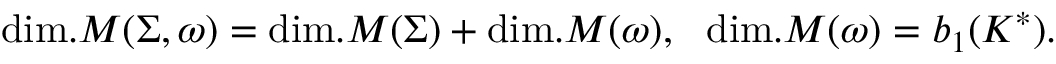
\mathrm { d i m . } { \cal M } ( \Sigma , \omega ) = \mathrm { d i m . } { \cal M } ( \Sigma ) + \mathrm { d i m . } { \cal M } ( \omega ) , { } ~ ~ \mathrm { d i m . } { \cal M } ( \omega ) = b _ { 1 } ( K ^ { \ast } ) .